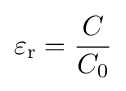
\varepsilon _{\text{r}}={\frac {C}{C_{0}}}